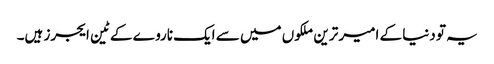
یہ تو دنیا کے امیر ترین ملکوں میں سے ایک ناروے کے ٹین ایجرز ہیں۔